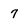
Character: 7